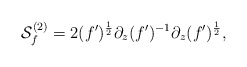
\begin{align*}{\cal S}^{(2)}_f=2(f')^{1\over 2}\partial_z (f')^{-1}\partial_z(f')^{1\over 2},\end{align*}